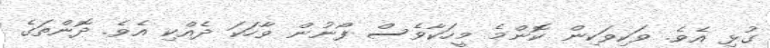
ގުޅި އެވެ. ވަކިވަކިން ކޮންމެ މީހަކާވެސް ފޯނުން ވާހަކަ ދެއްކި އެވެ. ދޮންތަގެ